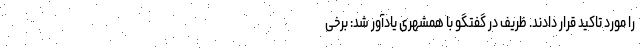
را مورد تاکید قرار دادند. ظریف در گفتگو با همشهری یادآور شد: برخی